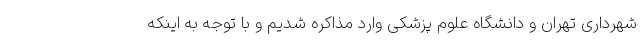
شهرداری تهران و دانشگاه علوم پزشکی وارد مذاکره شدیم و با توجه به اینکه